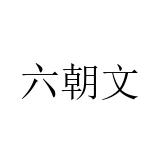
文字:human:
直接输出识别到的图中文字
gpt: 六朝文